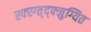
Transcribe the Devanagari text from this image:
स्फ्स्ग्त्द्फ्जुग्यित